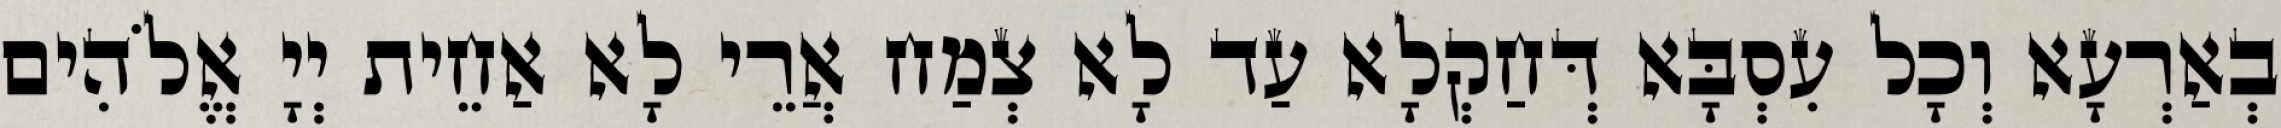
בְאַרְעָא וְכָל עִסְבָּא דְּחַקְלָא עַד לָא צְמַח אֲרֵי לָא אַחֵית יְיָ אֱלֹהִים